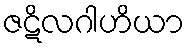
ဇဋိလဂါဟိယာ